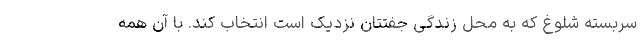
سربسته شلوغ که به محل زندگی جفتتان نزدیک است انتخاب کند. با آن همه